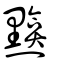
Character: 黭